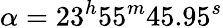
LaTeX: \alpha=23^{h}55^{m}45.95^{s}